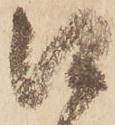
口